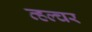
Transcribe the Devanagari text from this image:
व्हल्चर